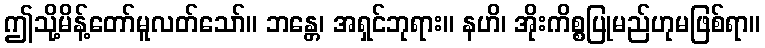
ဤသို့မိန့်တော်မူလတ်သော်။ ဘန္တေ၊ အရှင်ဘုရား။ နဟိ၊ အိုးကိစ္စပြုမည်ဟုမဖြစ်ရာ။